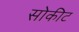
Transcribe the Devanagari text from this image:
सोकीट